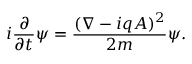
i { \frac { \partial } { \partial t } } \psi = { \frac { ( \nabla - i q A ) ^ { 2 } } { 2 m } } \psi .